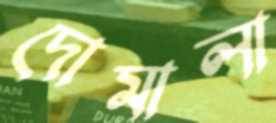
দোমালা